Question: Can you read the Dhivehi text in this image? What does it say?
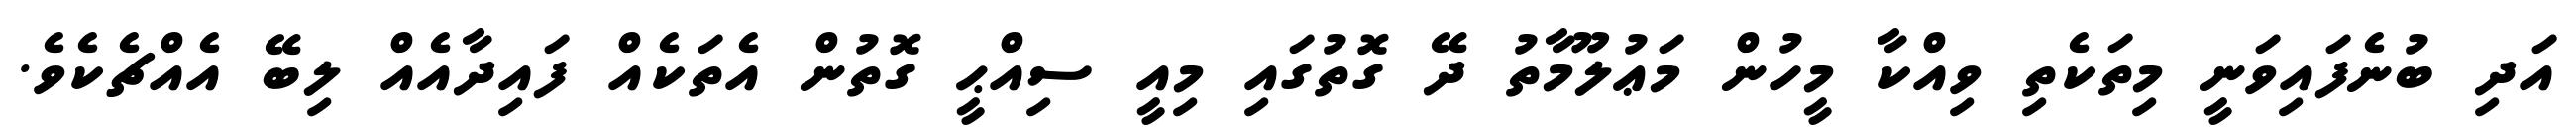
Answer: އަދި ބުނެފައިވަނީ މިތަކެތި ވިއްކާ މީހުން މަޢުލޫމާތު ދޭ ގޮތުގައި މިއީ ސިއްޙީ ގޮތުން އެތަކެއް ފައިދާއެއް ލިބޭ އެއްޗެކެވެ.